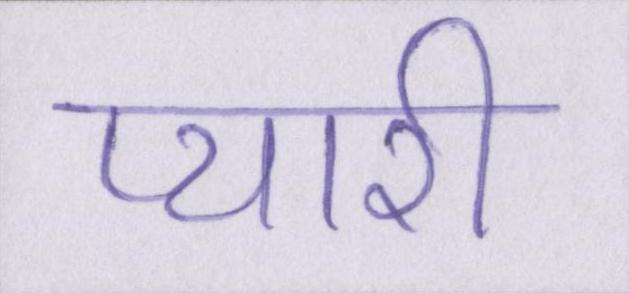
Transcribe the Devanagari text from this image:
प्यारी